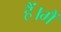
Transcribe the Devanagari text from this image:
हैं।मैं